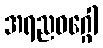
အရညဝဂ္ဂေါ